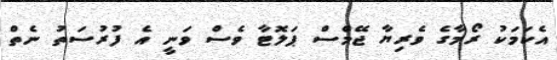
އެކަމަކު ރޯމާގެ ވެރިޔާ ޖޭމްސް ޕަލޮޓާ ވެސް ވަނީ އެ ފުރުސަތު ނެތް